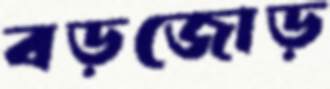
বড়জোড়